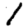
Digit: 1